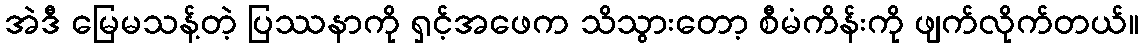
အဲဒီ မြေမသန့်တဲ့ ပြဿနာကို ရှင့်အဖေက သိသွားတော့ စီမံကိန်းကို ဖျက်လိုက်တယ်။